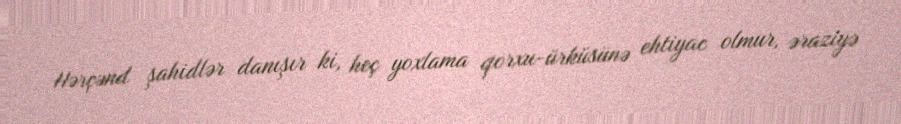
Hərçənd şahidlər danışır ki, heç yoxlama qorxu-ürküsünə ehtiyac olmur, əraziyə